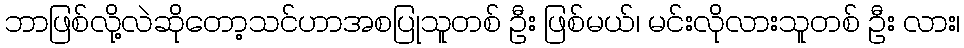
ဘာဖြစ်လို့လဲဆိုတော့သင်ဟာအစပြုသူတစ် ဦး ဖြစ်မယ်၊ မင်းလိုလားသူတစ် ဦး လား၊